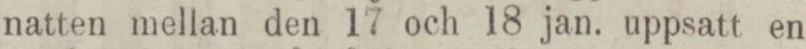
natten mellan den 17 och 18 jan. uppsatt en